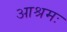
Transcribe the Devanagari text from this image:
आश्रमः